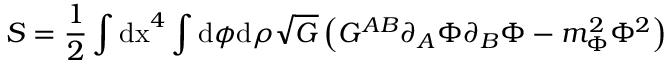
S = \frac { 1 } { 2 } \int \mathrm { d x } ^ { 4 } \int \mathrm { d } \phi \mathrm { d } \rho \sqrt { G } \left( G ^ { A B } \partial _ { A } \Phi \partial _ { B } \Phi - m _ { \Phi } ^ { 2 } \Phi ^ { 2 } \right)